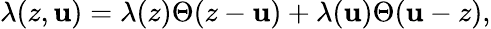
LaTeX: \lambda(z,\mathbf{u})=\lambda(z)\Theta(z-\mathbf{u})+\lambda(\mathbf{u})\Theta(\mathbf{u}-z),